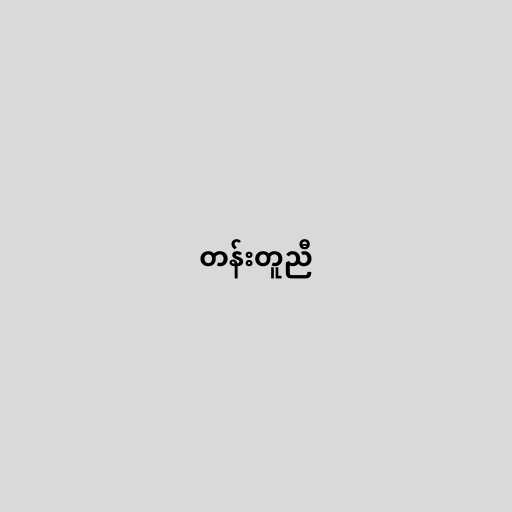
တန်းတူညီ